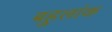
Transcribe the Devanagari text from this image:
बहुलांक